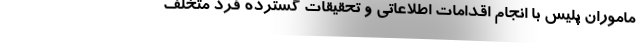
ماموران پلیس با انجام اقدامات اطلاعاتی و تحقیقات گسترده فرد متخلف